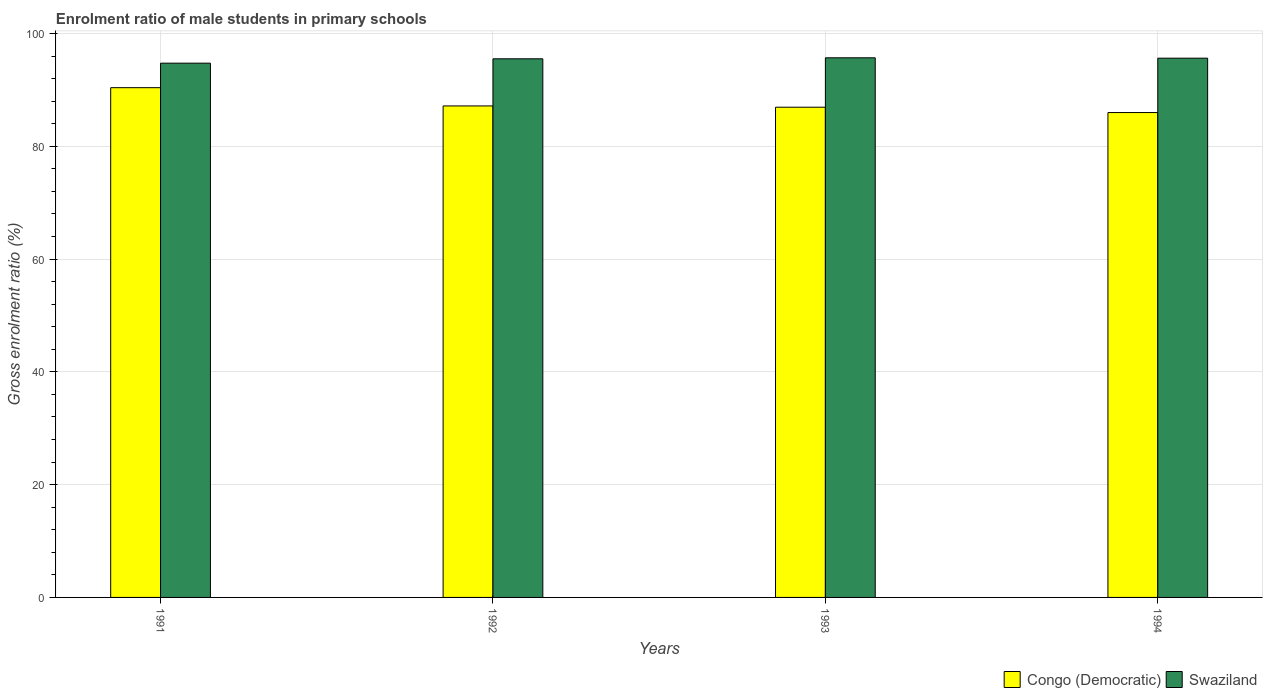
| Years | Congo (Democratic) | Swaziland |
 | --- | --- | --- |
 | 1991 | 90.4 | 94.7 |
 | 1992 | 87.2 | 95.5 |
 | 1993 | 86.9 | 95.7 |
 | 1994 | 86 | 95.6 |